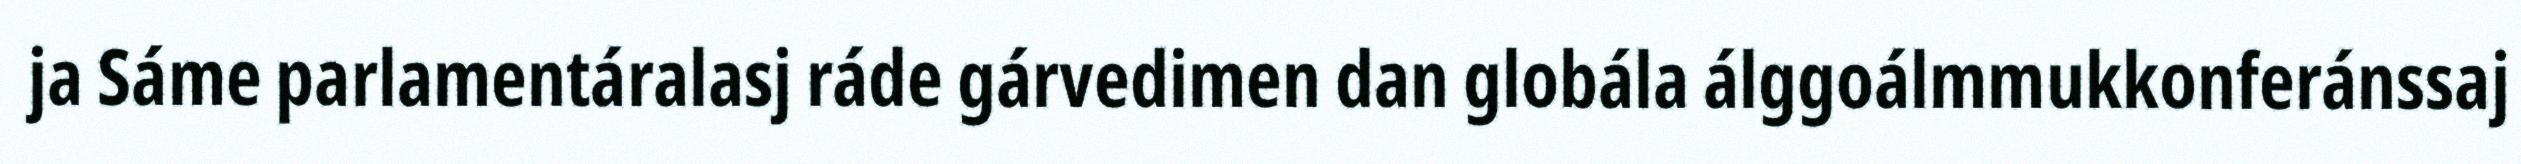
ja Sáme parlamentáralasj ráde gárvedimen dan globála álggoálmmukkonferánssaj